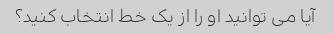
آیا می توانید او را از یک خط انتخاب کنید؟